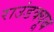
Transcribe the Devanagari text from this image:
राउंडक्यूब